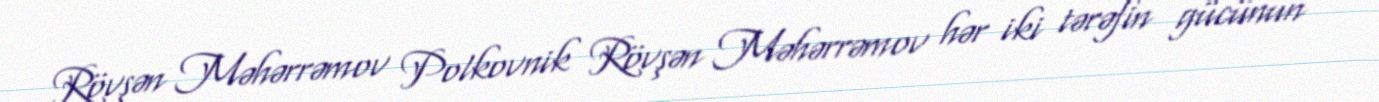
Rövşən Məhərrəmov Polkovnik Rövşən Məhərrəmov hər iki tərəfin gücünün